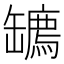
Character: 𦉙